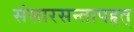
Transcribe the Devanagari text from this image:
संसारसन्तापहृत्